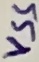
Text: VSS